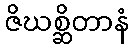
ဇိဃစ္ဆိတာနံ